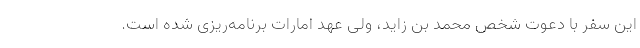
این سفر با دعوت شخص محمد بن زاید، ولی عهد امارات برنامه‌ریزی شده است.